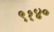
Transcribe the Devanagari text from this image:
९१४०